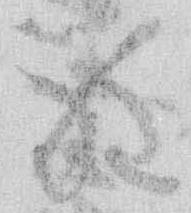
程